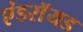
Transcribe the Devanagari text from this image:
एंडराॅयड